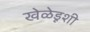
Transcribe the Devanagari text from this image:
खेळेडूशी